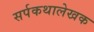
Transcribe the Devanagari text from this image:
सर्पकथालेखक